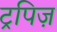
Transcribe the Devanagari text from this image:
ट्रपिज़